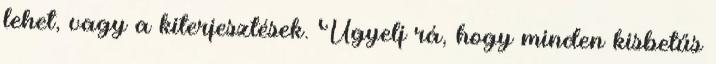
lehet, vagy a kiterjesztések. Ügyelj rá, hogy minden kisbetűs